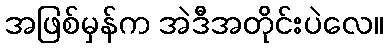
အဖြစ်မှန်က အဲဒီအတိုင်းပဲလေ။